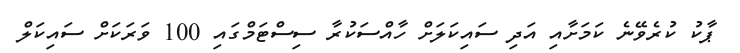
ޕާކު ކުރެވޭނެ ކަމަށާއި އަދި ސައިކަލަށް ހާއްސަކުރާ ސިސްޓަމްގައި 100 ވަރަކަށް ސައިކަލް